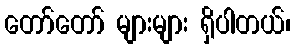
တော်တော် များများ ရှိပါတယ်၊